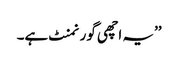
’’یہ اچھی گورنمنٹ ہے۔